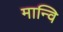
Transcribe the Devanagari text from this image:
मान्वि